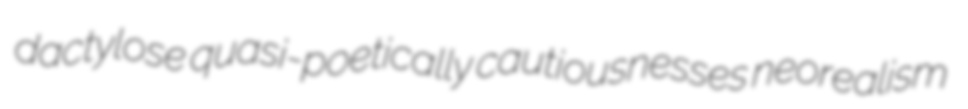
dactylose quasi-poetically cautiousnesses neorealism